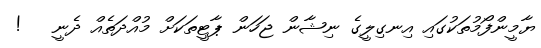
ޔާމީންފޯމުތަކުގައި އިނގިލީގެ ނިޝާން ޖަހަން ޕާޓީތަކަށް މުއްދަތެއް ދެނީ   !